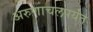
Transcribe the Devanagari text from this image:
अरुणाचलपर्यंत